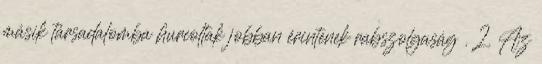
másik társadalomba hurcoltak jobban érintenek rabszolgaság . 2. Az